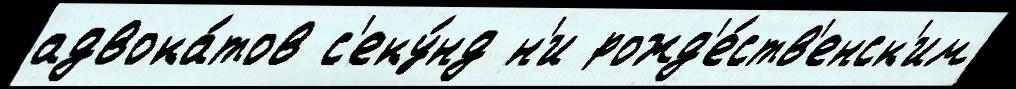
адвока́тов с'еку́нд н'и рожд'е́ств'енск'им